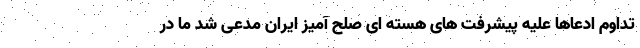
تداوم ادعاها علیه پیشرفت های هسته ای صلح آمیز ایران مدعی شد ما در